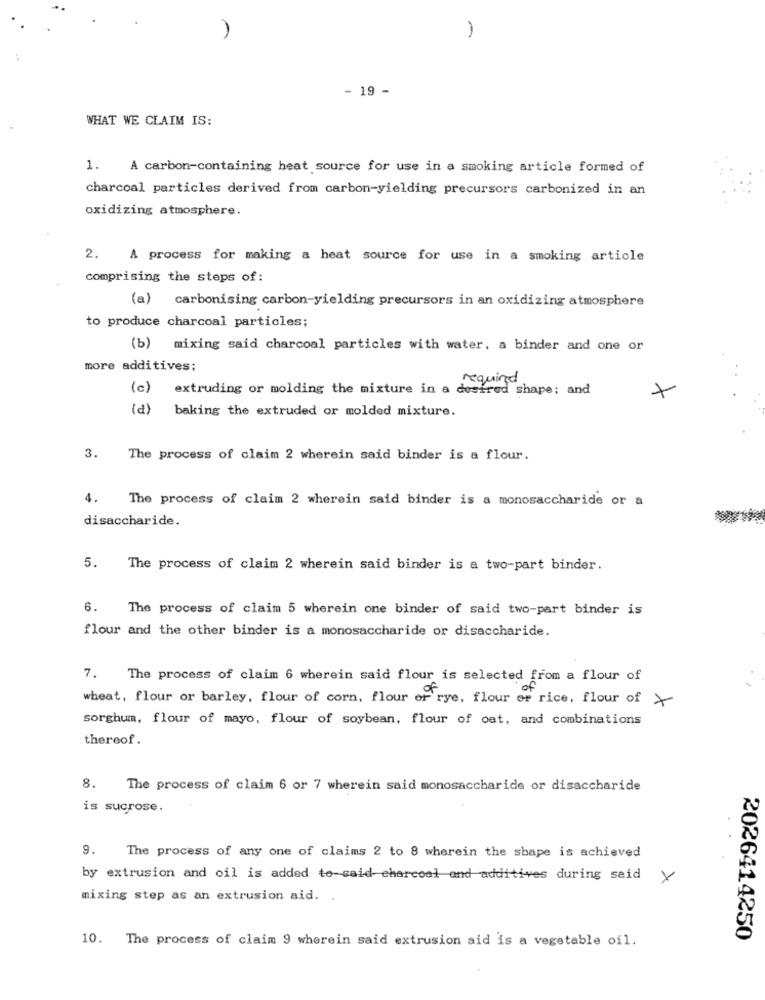
1
- 19 -
WHAT WE CLAIM IS:
1. A carbon-containing heat source for use in a smoking article formed of
charcoal particles derived from carbon-yielding precursors carbonized in an
oxidizing atmosphere.
2. A process for making a heat source for use in a smoking article
comprising the steps of:
(a) carbonising carbon-yielding precursors in an oxidizing atmosphere
to produce charcoal particles;
(b) mixing said charcoal particles with water, a binder and one or
more additives;
required
(c)
extruding or molding the mixture in a desired shape; and
baking the extruded or molded mixture.
3.
The process of claim 2 wherein said binder is a flour.
4.
The process of claim 2 wherein said binder is a monosaccharide or a
disaccharide.
5.
The process of claim 2 wherein said binder is a two-part binder.
6.
The process of claim 5 wherein one binder of said two-part binder is
flour and the other binder is a monosaccharide or disaccharide.
7. The process of claim 6 wherein said flour is selected from a flour of
wheat, flour or barley, flour of corn, flour er rye, flour or rice, flour of +
sorghum, flour of mayo, flour of soybean, flour of oat, and combinations
thereof.
8.
The process of claim 6 or 7 wherein said monosaccharide or disaccharide
is sucrose.
9.
The process of any one of claims 2 to 8 wherein the shape is achieved
by extrusion and oil is added to-said- charcoal and additives during seid
mixing step as an extrusion aid. .
10. The process of claim 9 wherein said extrusion aid is a vegetable oil.
2026414250